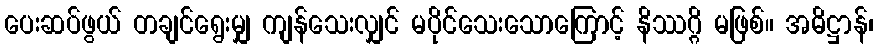
ပေးဆပ်ဖွယ် တချင်ရွေးမျှ ကျန်သေးလျှင် မပိုင်သေးသောကြောင့် နိဿဂ္ဂိ မဖြစ်။ အဓိဋ္ဌာန်၊